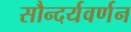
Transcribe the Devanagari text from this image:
सौन्दर्यवर्णन